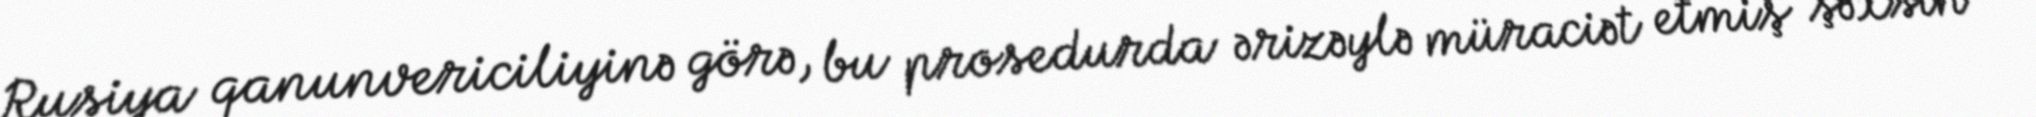
Rusiya qanunvericiliyinə görə, bu prosedurda ərizəylə müraciət etmiş şəxsin